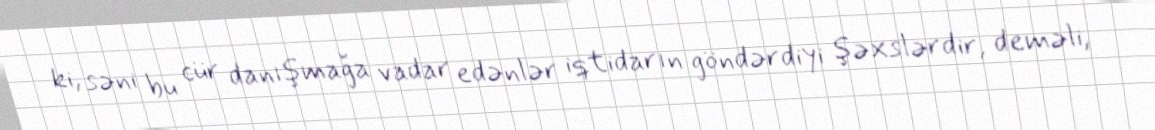
ki, səni bu cür danışmağa vadar edənlər iqtidarın göndərdiyi şəxslərdir, deməli,